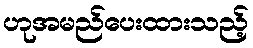
ဟုအမည်ပေးထားသည့်